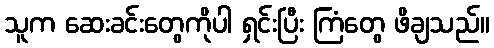
သူက ဆေးခင်းတွေကိုပါ ရှင်းပြီး ကြံတွေ ဖိချသည်။